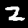
Label: 2